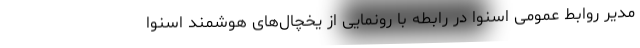
مدیر روابط عمومی اسنوا در رابطه با رونمایی از یخچال‌های هوشمند اسنوا